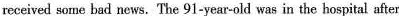
received some bad news. The 91-year-old was in the hospital after